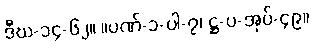
ဒီဃ-၁၄-၆၂။ ။ပဏ်-၁-ပါ-၇၊ ဋ္ဌ-ပ-အုပ်-၄၉။